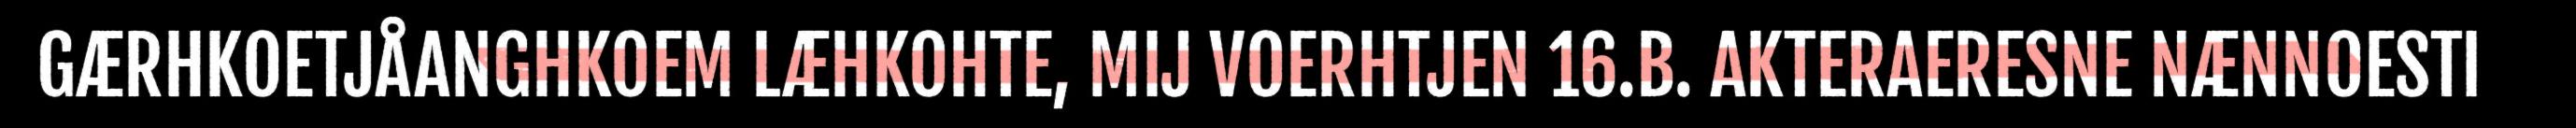
GÆRHKOETJÅANGHKOEM LÆHKOHTE, MIJ VOERHTJEN 16.B. AKTERAERESNE NÆNNOESTI